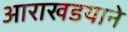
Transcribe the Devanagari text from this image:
आराखडयाने